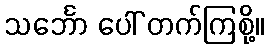
သင်္ဘော ပေါ် တက်ကြစို့။